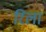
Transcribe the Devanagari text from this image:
रिला